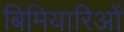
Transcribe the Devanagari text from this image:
बिमियारिओं